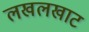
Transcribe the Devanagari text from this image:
लखलखाट